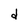
Character: d